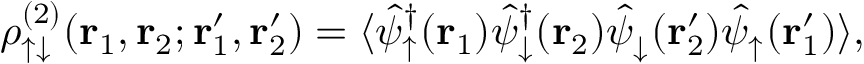
\rho _ { \uparrow \downarrow } ^ { ( 2 ) } ( \mathbf { r } _ { 1 } , \mathbf { r } _ { 2 } ; \mathbf { r } _ { 1 } ^ { \prime } , \mathbf { r } _ { 2 } ^ { \prime } ) = \langle \hat { \psi } _ { \uparrow } ^ { \dagger } ( \mathbf { r } _ { 1 } ) \hat { \psi } _ { \downarrow } ^ { \dagger } ( \mathbf { r } _ { 2 } ) \hat { \psi } _ { \downarrow } ^ { \phantom { \dagger } } ( \mathbf { r } _ { 2 } ^ { \prime } ) \hat { \psi } _ { \uparrow } ^ { \phantom { \dagger } } ( \mathbf { r } _ { 1 } ^ { \prime } ) \rangle ,